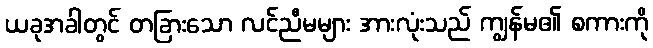
ယခုအခါတွင် တခြားသော လင်ညီမများ အားလုံးသည် ကျွန်မ၏ စကားကို